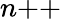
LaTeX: n{\mathrel{+{+}}}